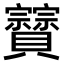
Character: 𧹆